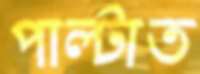
পাল্‌টাত